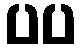
ပပ